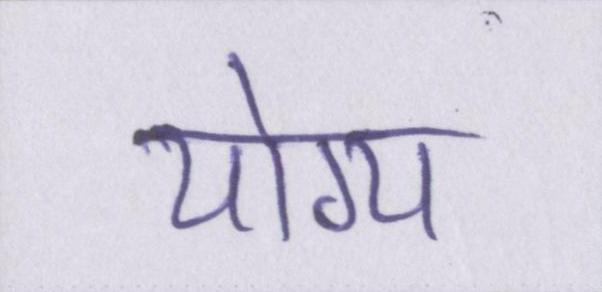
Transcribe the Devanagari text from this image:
योग्य